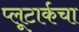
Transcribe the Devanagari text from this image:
प्लूटार्कचा